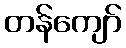
တန်ကျော်